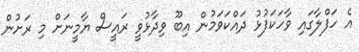
އެ ހަފްލާގައި ވާހަކަފުޅު ދައްކަވަމުން އިބޫ ވިދާޅުވީ ރައީސް ޔާމީނަށް މި ރަށުން